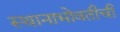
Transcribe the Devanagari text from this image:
स्थानाभोवतीची